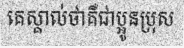
គេស្គាល់ថាគឺជាប្អូនប្រុស